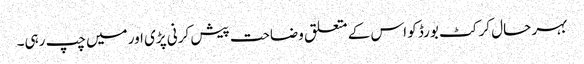
بہر حال کرکٹ بورڈ کو اس کے متعلق وضاحت پیش کرنی پڑی اور میں چپ رہی۔